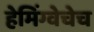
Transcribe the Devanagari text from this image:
हेमिंग्वेचेच